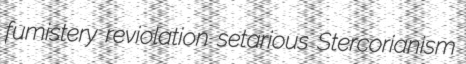
fumistery reviolation setarious Stercorianism